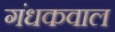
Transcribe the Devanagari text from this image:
गंधकवाल